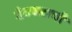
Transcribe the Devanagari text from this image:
देवघराची